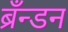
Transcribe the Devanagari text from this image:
ब्रँन्डन